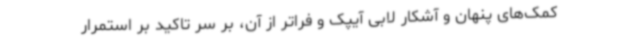
کمک‌های پنهان و آشکار لابی آیپک و فراتر از آن، بر سر تاکید بر استمرار